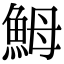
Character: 𩶋